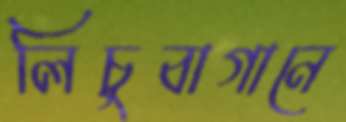
লিচুবাগানে